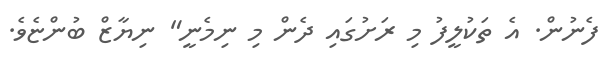
ފެނުން. އެ ތަކުލީފު މި ރަށުގައި ދެން މި ނިމެނީ" ނިޔާޒް ބުންޏެވެ.